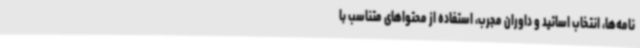
نامه‌ها، انتخاب اساتید و داوران مجرب، استفاده از محتواهای متناسب با